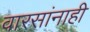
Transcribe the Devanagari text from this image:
वारसांनाही